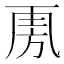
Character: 𣃪